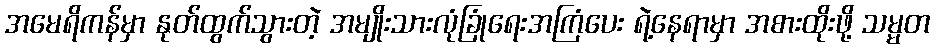
အမေရိကန်မှာ နုတ်ထွက်သွားတဲ့ အမျိုးသားလုံခြုံရေးအကြံပေး ရဲ့နေရာမှာ အစားထိုးဖို့ သမ္မတ